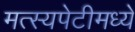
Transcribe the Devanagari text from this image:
मत्स्यपेटीमध्ये